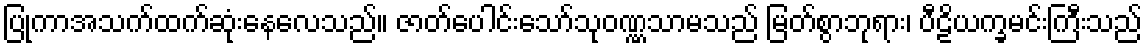
ပြုကာအသက်ထက်ဆုံးနေလေသည်။ ဇာတ်ပေါင်းသော်သုဝဏ္ဏသာမသည် မြတ်စွာဘုရား၊ ပီဠိယက္ခမင်းကြီးသည်